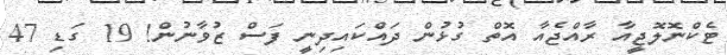
ޓެކްނޮލޮޖީއާ ރާއްޖެއާ އޮތް ގުޅުން ދައްކައިދިނީ ފަސް ޒުވާނުން! 19 ގަޑި 47